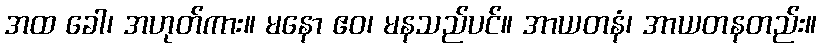
အထ ခေါ၊ အဟုတ်ကား။ မနော ဧဝ၊ မနသည်ပင်။ အာယတနံ၊ အာယတနတည်း။